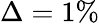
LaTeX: \Delta=1\%